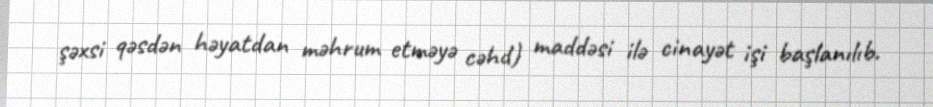
şəxsi qəsdən həyatdan məhrum etməyə cəhd) maddəsi ilə cinayət işi başlanılıb.